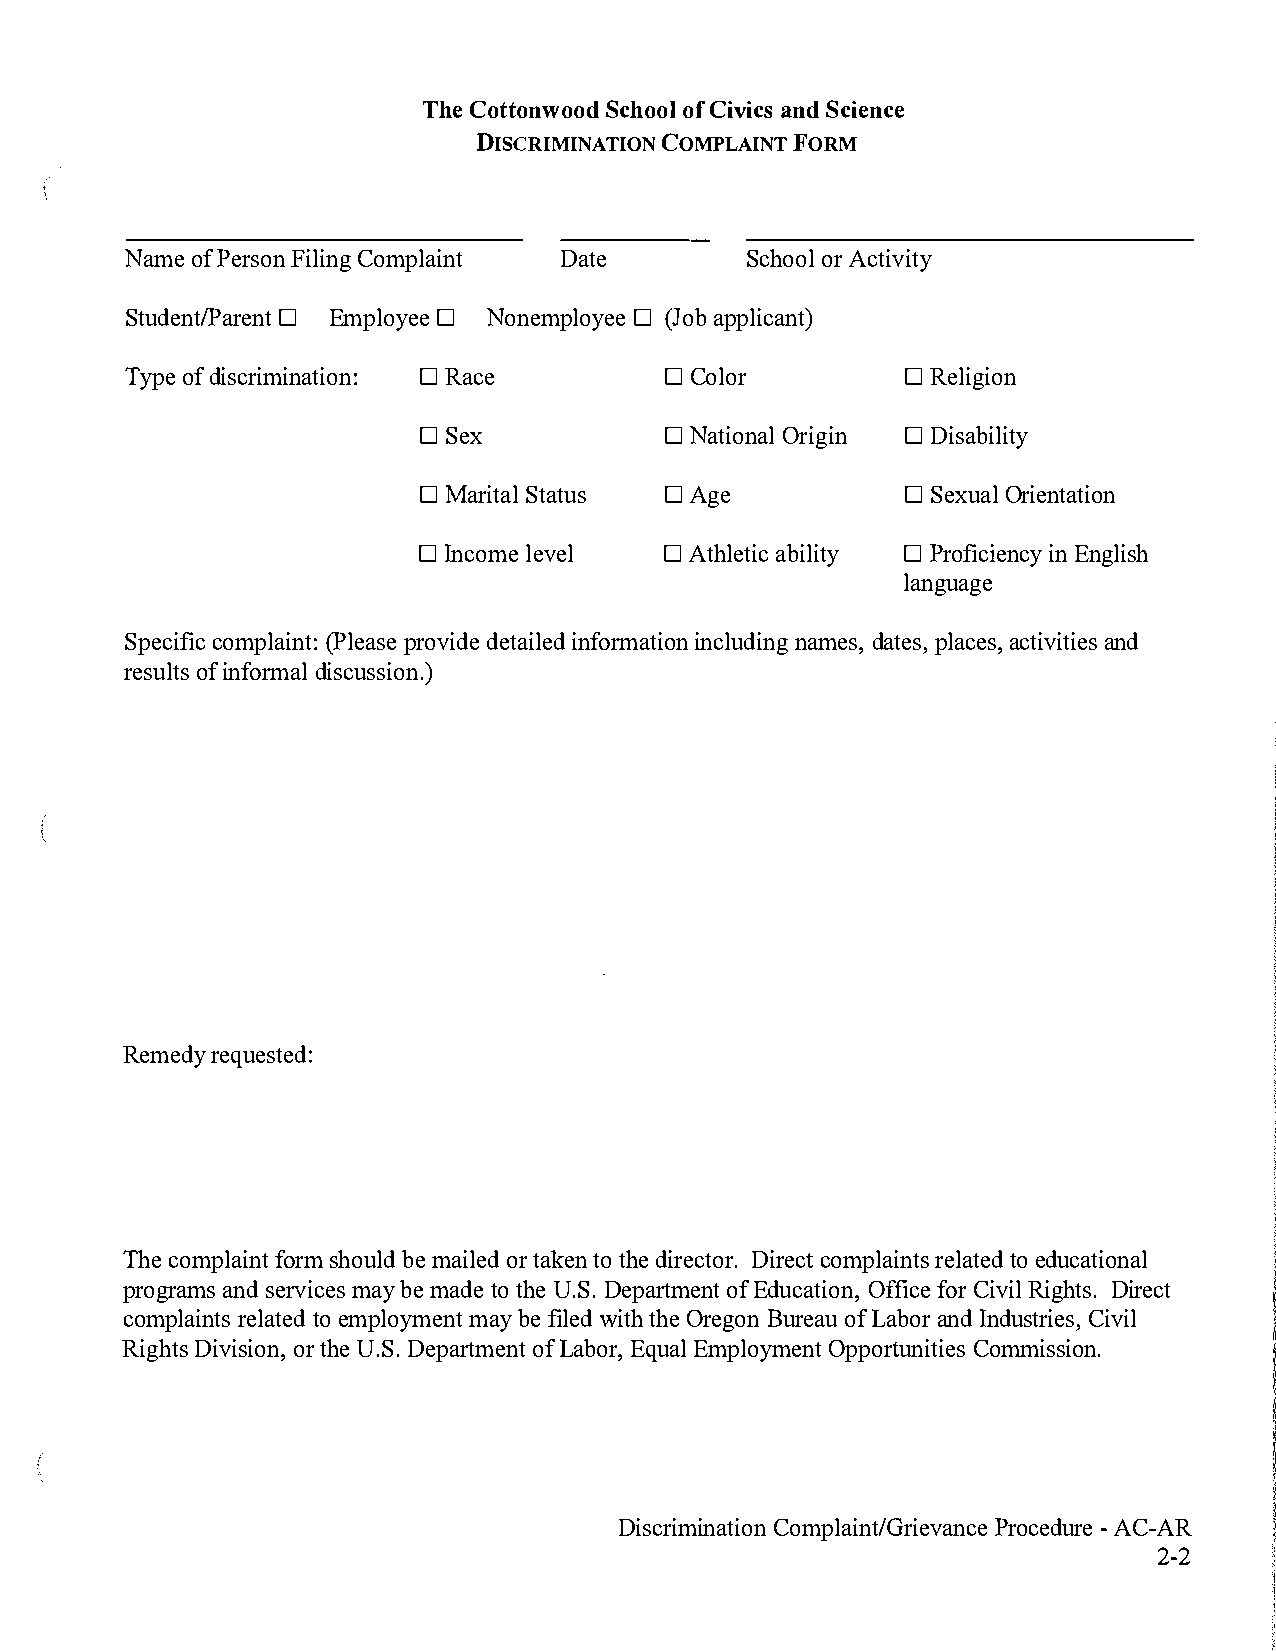
The Cottonwood School of Civics and Science
 DISCRIMINATION COMPLAINT FORM
 Name of Person Filing Complaint Date     School or Activity
 □         □            □
 Student/Parent Employee Nonemployee (Job applicant)
 □               □               □
 Type of discrimination: Race          Color           Religion
 □               □               □
 Sex             National Origin Disability
 □               □               □
 Marital Status  Age             Sexual Orientation
 □               □               □
 Income level     Athletic ability Proficiency in English
 language
 Specific complaint: (Please provide detailed information including names, dates, places, activities and
 results of informal discussion.)
 Remedy requested:
 The complaint form should be mailed or taken to the director. Direct complaints related to educational
 programs and services may be made to the U.S. Department of Education, Office for Civil Rights. Direct
 complaints related to employment may be filed with the Oregon Bureau of Labor and Industries, Civil
 Rights Division, or the U.S. Department of Labor, Equal Employment Opportunities Commission.
 Discrimination Complaint/Grievance Procedure - AC-AR
 2-2